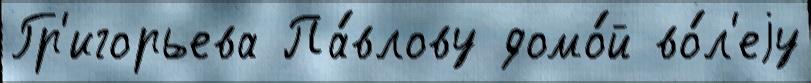
Гр'игорьева Па́влову домо́й во́л'еjу